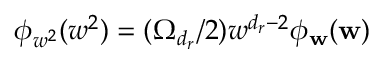
\phi _ { w ^ { 2 } } ( w ^ { 2 } ) = ( \Omega _ { { d _ { r } } } / 2 ) w ^ { { d _ { r } } - 2 } \phi _ { \mathbf { w } } ( \mathbf { w } )